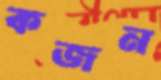
কজন